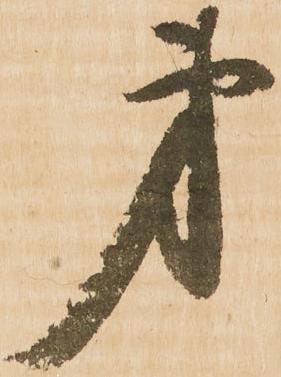
弟